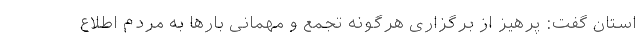
استان گفت: پرهیز از برگزاری هرگونه تجمع و مهمانی بارها به مردم اطلاع